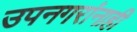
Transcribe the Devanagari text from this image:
उपनगरांनाही